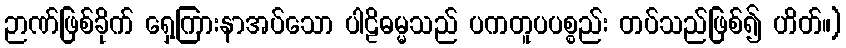
ဉာဏ်ဖြစ်ခိုက် ရှေ့ကြားနာအပ်သော ပါဠိဓမ္မသည် ပကတူပပစ္စည်း တပ်သည်ဖြစ်၍ ဟိတ်။)